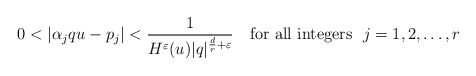
\begin{align*}0<|\alpha_j qu-p_j|<\frac{1}{H^\varepsilon(u)|q|^{\frac{d}{r}+\varepsilon}}\quad\mbox{for all integers~~} j=1,2,\ldots, r\end{align*}